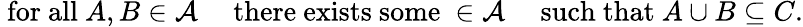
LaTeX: {\mathrm{~for~all~}}A,B\in{\mathcal{A}}\quad{\mathrm{~there~exists~some~}}\in{\mathcal{A}}\quad{\mathrm{~such~that~}}A\cup B\subseteq C.